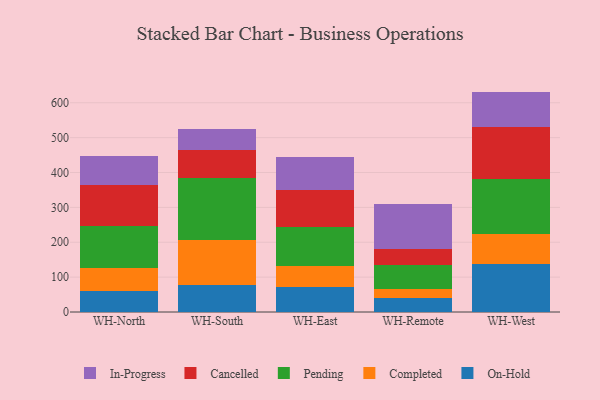
{"axis": {"x": "Warehouse", "y": "Market Share (%)"}, "legend": ["Cancelled", "Completed", "In-Progress", "On-Hold", "Pending"], "data": [{"x": "WH-North", "y": 59.3, "type": "On-Hold"}, {"x": "WH-North", "y": 67.6, "type": "Completed"}, {"x": "WH-North", "y": 120.5, "type": "Pending"}, {"x": "WH-North", "y": 117.4, "type": "Cancelled"}, {"x": "WH-North", "y": 82.2, "type": "In-Progress"}, {"x": "WH-South", "y": 78.2, "type": "On-Hold"}, {"x": "WH-South", "y": 127.1, "type": "Completed"}, {"x": "WH-South", "y": 179.7, "type": "Pending"}, {"x": "WH-South", "y": 79.8, "type": "Cancelled"}, {"x": "WH-South", "y": 60.1, "type": "In-Progress"}, {"x": "WH-East", "y": 72.9, "type": "On-Hold"}, {"x": "WH-East", "y": 58.5, "type": "Completed"}, {"x": "WH-East", "y": 113.2, "type": "Pending"}, {"x": "WH-East", "y": 106.2, "type": "Cancelled"}, {"x": "WH-East", "y": 92.7, "type": "In-Progress"}, {"x": "WH-Remote", "y": 39.9, "type": "On-Hold"}, {"x": "WH-Remote", "y": 26.5, "type": "Completed"}, {"x": "WH-Remote", "y": 68.6, "type": "Pending"}, {"x": "WH-Remote", "y": 46.5, "type": "Cancelled"}, {"x": "WH-Remote", "y": 128.8, "type": "In-Progress"}, {"x": "WH-West", "y": 137.5, "type": "On-Hold"}, {"x": "WH-West", "y": 87.2, "type": "Completed"}, {"x": "WH-West", "y": 156.2, "type": "Pending"}, {"x": "WH-West", "y": 150.0, "type": "Cancelled"}, {"x": "WH-West", "y": 101.1, "type": "In-Progress"}]}